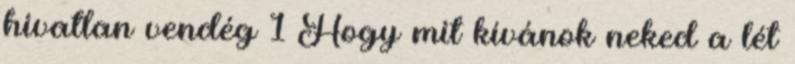
hivatlan vendég 1 Hogy mit kívánok neked a lét